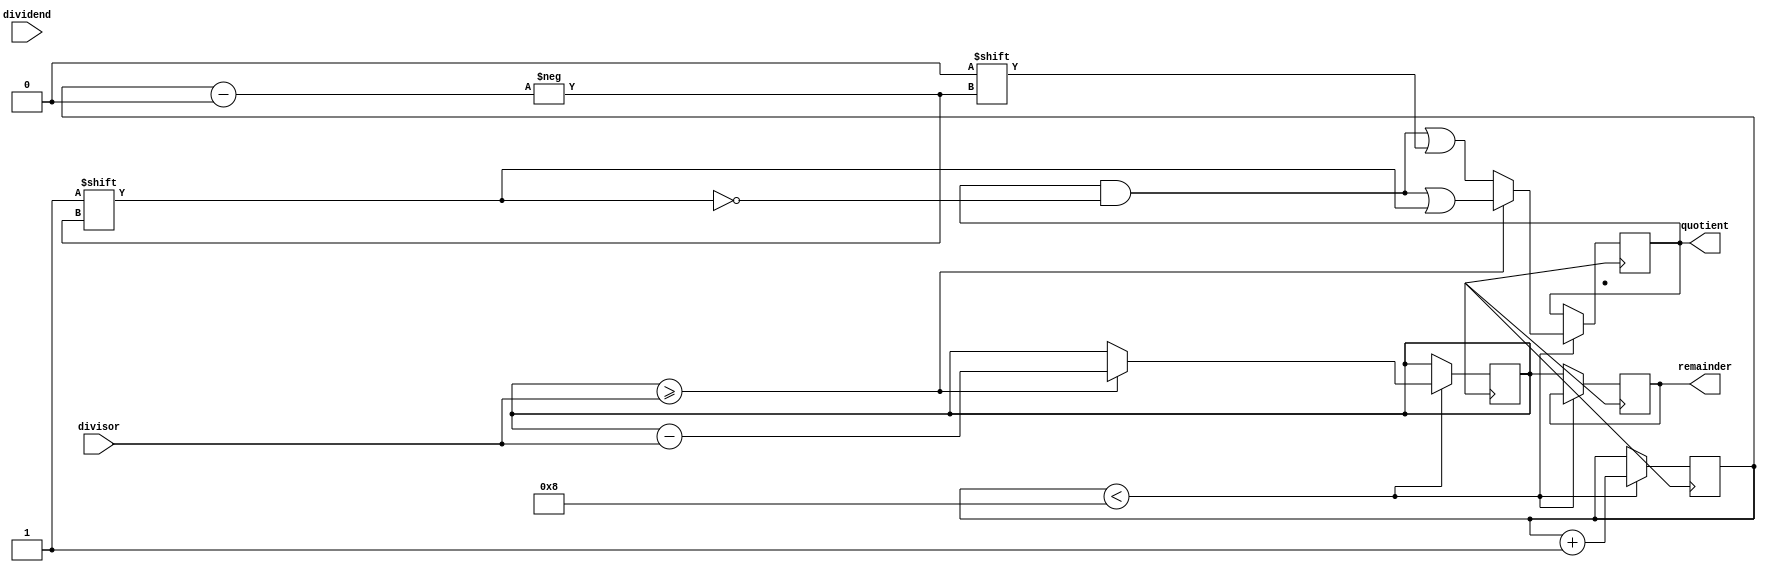
module binary_divider (
    input [7:0] dividend,
    input [7:0] divisor,
    output [7:0] quotient,
    output [7:0] remainder
);

reg [7:0] dividend_reg;
reg [7:0] quotient_reg;
reg [7:0] remainder_reg;
reg [3:0] count;

always @ (posedge clk) begin
    if (count < 8) begin
        if (dividend_reg >= divisor) begin
            dividend_reg <= dividend_reg - divisor;
            quotient_reg[count] <= 1;
        end else begin
            quotient_reg[count] <= 0;
        end
        count <= count + 1;
    end else begin
        remainder_reg <= dividend_reg;
    end
end

assign quotient = quotient_reg;
assign remainder = remainder_reg;

endmodule